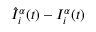
\hat { I } _ { i } ^ { \alpha } ( t ) - I _ { i } ^ { \alpha } ( t )